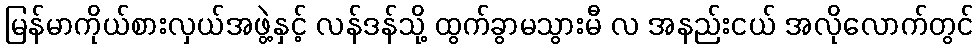
မြန်မာကိုယ်စားလှယ်အဖွဲ့နှင့် လန်ဒန်သို့ ထွက်ခွာမသွားမီ လ အနည်းငယ် အလိုလောက်တွင်